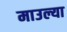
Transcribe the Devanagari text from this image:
माउल्या